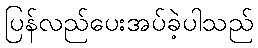
ပြန်လည်ပေးအပ်ခဲ့ပါသည်